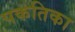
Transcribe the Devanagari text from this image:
पकतिका